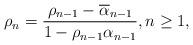
LaTeX: \begin{align*} \rho_{n} = \frac{\rho_{n-1} - \overline{\alpha}_{n-1}}{1 - \rho_{n-1} \alpha_{n-1}}, n \geq 1,\end{align*}